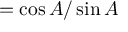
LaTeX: = { \cos A / \sin A }